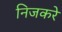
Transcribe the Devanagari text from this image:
निजकरे